Vaccine operations Central Provinces 1868-1885 - 1868-1885
Year: 1868
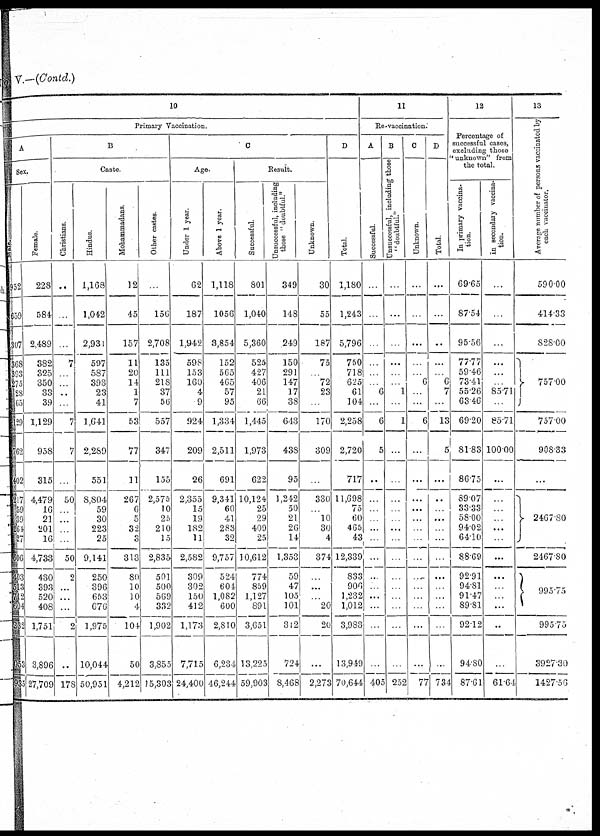
V.—(Contd.)
10
Primary Vaccination.
A
Sex.
Male
952
659
307
368
393
275
28
65
129
762
402
217
59
39
264
27
606
403
513
712
604
232
053
935
Female.
228
584
2,489
382
325
350
33
39
1,129
958
315
4,479
16
21
201
16
4,733
430
393
520
408
1,751
3,896
27,709
B
Caste.
Christians.
...
...
...
7
...
...
...
..
7
7
...
50
...
...
...
...
50
2
...
...
...
2
...
178
Hindus.
1,168
1,042
2,931
597
587
393
23
41
1,641
2,289
551
8,804
59
30
223
25
9,141
250
396
653
676
1,975
10,044
50,951
Mohammadans
12
45
157
11
20
14
1
7
53
77
11
267
6
5
32
3
313
80
10
10
4
104
50
4,212
Other castes.
...
156
2,708
135
111
218
37
56
557
347
155
2,575
10
25
210
15
2,835
501
500
569
332
1,902
3,855
15,303
C
Age.
Under 1 year.
62
187
1,942
598
153
160
4
9
924
209
26
2,355
15
19
182
11
2,582
309
302
150
412
1,173
7,715
24,400
Above 1 year.
1,118
1056
3,854
152
565
465
57
95
1,334
2,511
691
9,341
60
41
283
32
9,757
524
604
1,082
600
2,810
6,234
46,244
Result.
Successful
801
1,040
5,360
525
427
406
21
66
1,445
1,973
622
10,124
25
29
409
25
10,612
774
859
1,127
891
3,651
13,225
59,903
Unsuccessful, including
those "doubtful."
349
148
249
150
291
147
17
38
643
438
95
1,242
50
21
26
14
1,353
59
47
105
101
312
724
8,468
Unknown.
30
55
187
75
...
72
23
...
170
309
...
330
...
10
30
4
374
...
...
...
20
20
...
2,273
D
Total.
1,180
1,243
5,796
750
718
625
61
104
2,258
2,720
717
11,698
75
60
465
43
12,339
833
906
1,232
1,012
3,983
13,949
70,644
11
Re-vaccination.
A
Successful
...
...
...
...
...
...
6
...
6
5
...
...
...
...
...
...
...
...
...
...
...
...
...
405
B
Unsuccessful, including those
"doubtful."
...
...
...
...
...
...
1
...
1
...
...
...
...
...
...
...
...
...
...
...
...
...
...
252
C
Unknown.
...
...
...
...
...
6
...
...
6
...
...
...
...
...
...
...
...
...
...
...
...
...
...
77
D
Total.
...
...
...
...
...
6
7
...
13
5
...
...
...
...
...
...
...
...
...
...
...
...
...
734
12
Percentage of
successful cases,
excluding those
"unknown" from
the total.
In primary vaccina-
tion.
69.65
87. 54
95.56
77.77
59.46
73.41
55.26
63.46
69.20
81.83
86.75
89.07
33.33
58.00
94.02
64.10
88.69
92.91
94.81
91.47
89.81
92.12
94.80
87.61
In secondary vaccina-
tion.
...
...
...
...
...
...
85.71
...
85.71
100.00
...
...
...
...
...
...
...
...
...
...
...
...
...
61.64
13
Average number of persons vaccinated by
each vaccinator.
590.00
414.33
828.00
757.00
757.00
908.33
...
2467.80
2467.80
995.75
995.75
3927.30
1427.56